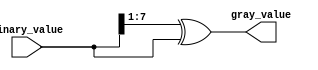
// Open source code for learning purposes only
// Data     : 2021-07-29
// Location : Chengdu-China
// Function : Convert binary to gray code.

module binary_to_gray #(parameter DSIZE=8)
// DSIZE : width of data
(
input    [DSIZE-1:0]         binary_value   , //input binary value
output   [DSIZE-1:0]         gray_value       //output gray value
);

//-----------------------------------------------------------------------------------
// convert logic
//-----------------------------------------------------------------------------------
assign   gray_value = (binary_value >> 1) ^ binary_value ;

endmodule